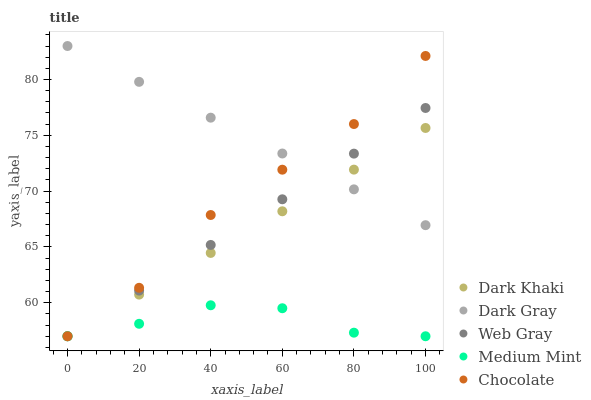
| xaxis_label | Dark Khaki | Dark Gray | Web Gray | Medium Mint | Chocolate |
 | --- | --- | --- | --- | --- | --- |
 | 0 | 57 | 83 | 57 | 57 | 57 |
 | 20 | 60.7 | 79.8 | 61.1 | 58.1 | 61.3 |
 | 40 | 64.5 | 76.6 | 65.2 | 59.8 | 67.9 |
 | 60 | 68.2 | 73.4 | 69.3 | 59.5 | 71.9 |
 | 80 | 71.9 | 70.2 | 73.4 | 57.3 | 76 |
 | 100 | 75.7 | 67 | 77.4 | 57 | 82.1 |